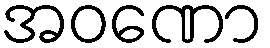
အဝဏော